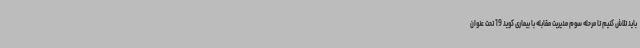
باید تلاش کنیم تا مرحله سوم مدیریت مقابله با بیماری کوید 19 تحت عنوان